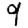
Digit: 9